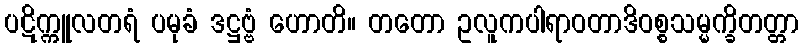
ပဋိက္ကူလတရံ ပမုခံ ဒဋ္ဌဗ္ဗံ ဟောတိ။ တတော ဥလူကပါရာဝတာဒိဝစ္စသမ္မက္ခိတတ္တာ